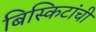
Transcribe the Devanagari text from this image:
बिस्किटांची